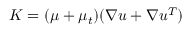
K = ( \mu + { \mu _ { t } } ) ( \nabla u + \nabla { u ^ { T } } )